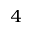
^ 4